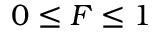
0 \leq F \leq 1